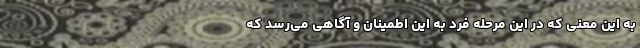
به این معنی که در این مرحله فرد به این اطمینان و آگاهی می‌رسد که